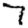
Digit: 7